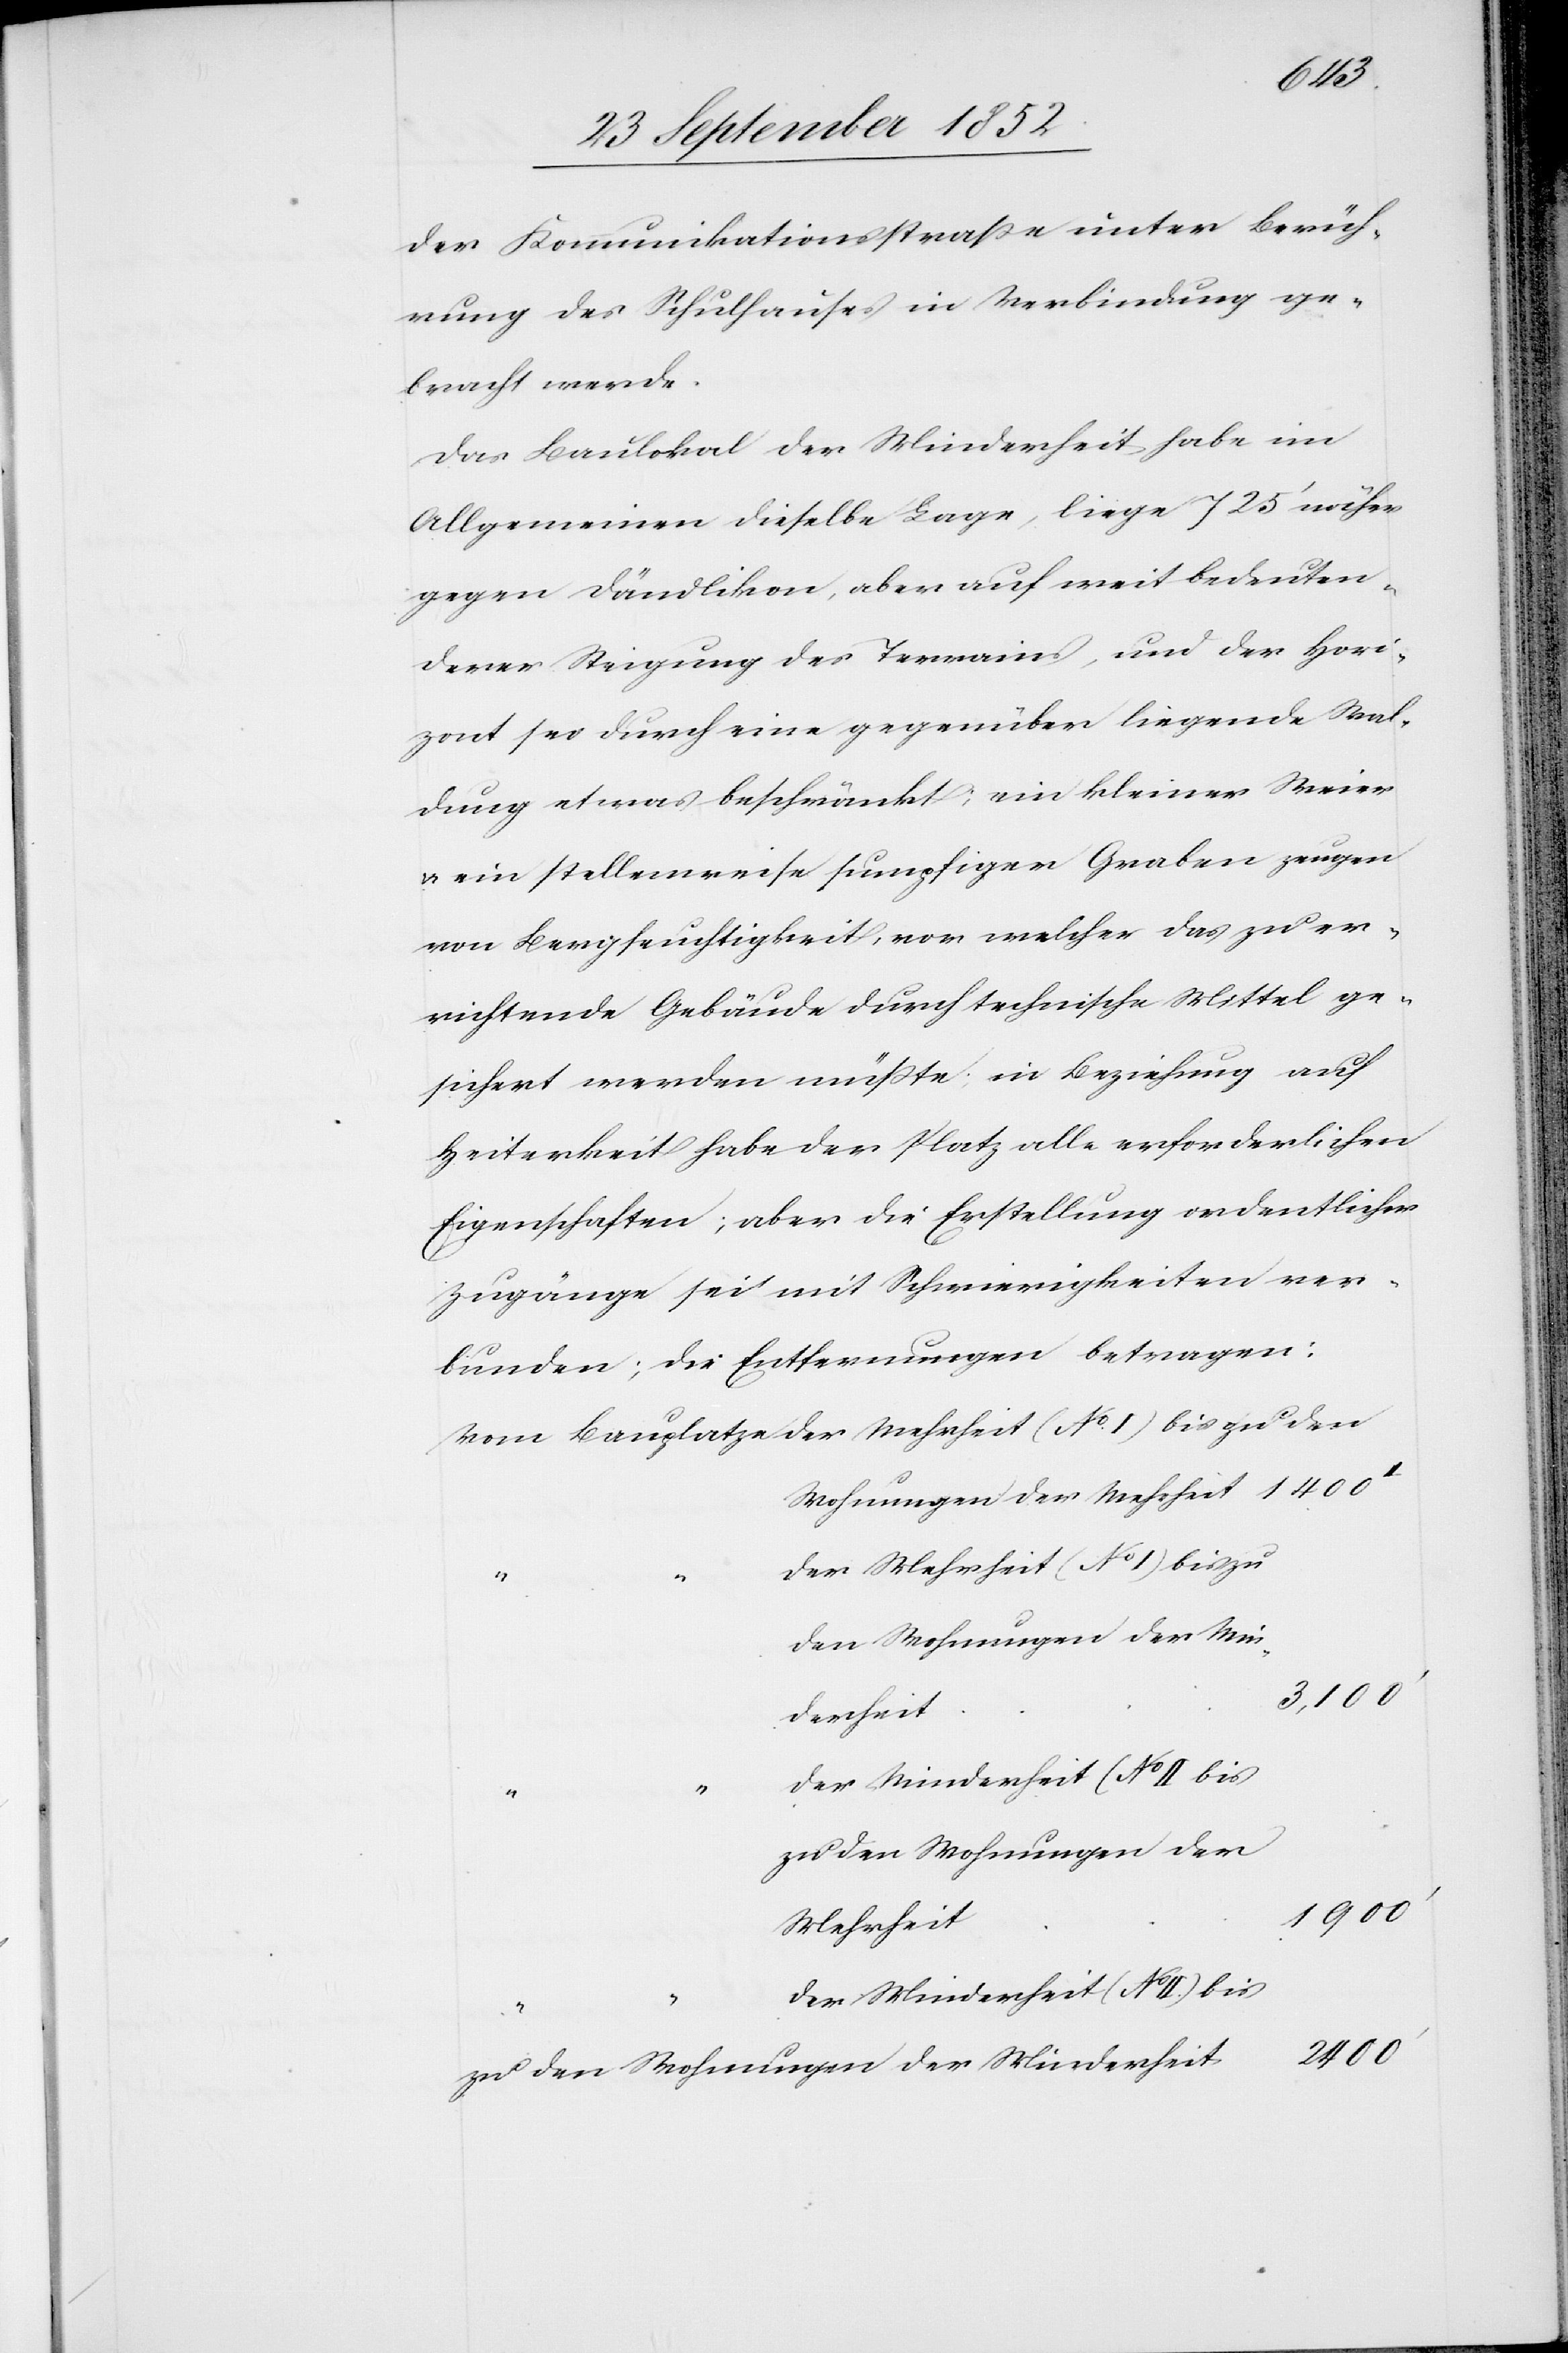
bis
der Kommunikationsstraße unter Berüh¬
rung des Schulhauses in Verbindung ge¬
bracht werde.
Das Baulokal der Minderheit habe im
Allgemeinen dieselbe Lage, liege 725‘ näher
gegen Dändlikon, aber auf weit bedeuten¬
derer Steigung des Terrains, und der Hori¬
zont sei durch eine gegenüber liegende Wal¬
dung etwas beschränkt; ein kleiner Weier
& ein stellenweise sumpfiger Graben zeugen
von Bergfeuchtigkeit, vor welcher das zu er¬
richtende Gebäude durch technische Mittel ge¬
sichert werden müßte; in Beziehung auf
Heiterkeit habe der Platz alle erforderlichen
Eigenschaften; aber die Erstellung ordentlicher
Zugänge sei mit Schwierigkeiten ver¬
bunden; die Entfernungen betragen:
der Mehrheit (No I) bis zu
den Wohnungen der Min¬
3,100‘
derheit
zu den Wohnungen der
Mehrheit
der Minderheit (No II.) bis
2400‘
zu den Wohnungen der Minderheit